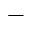
-